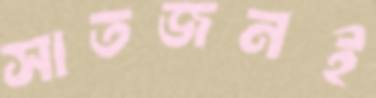
সাতজনই